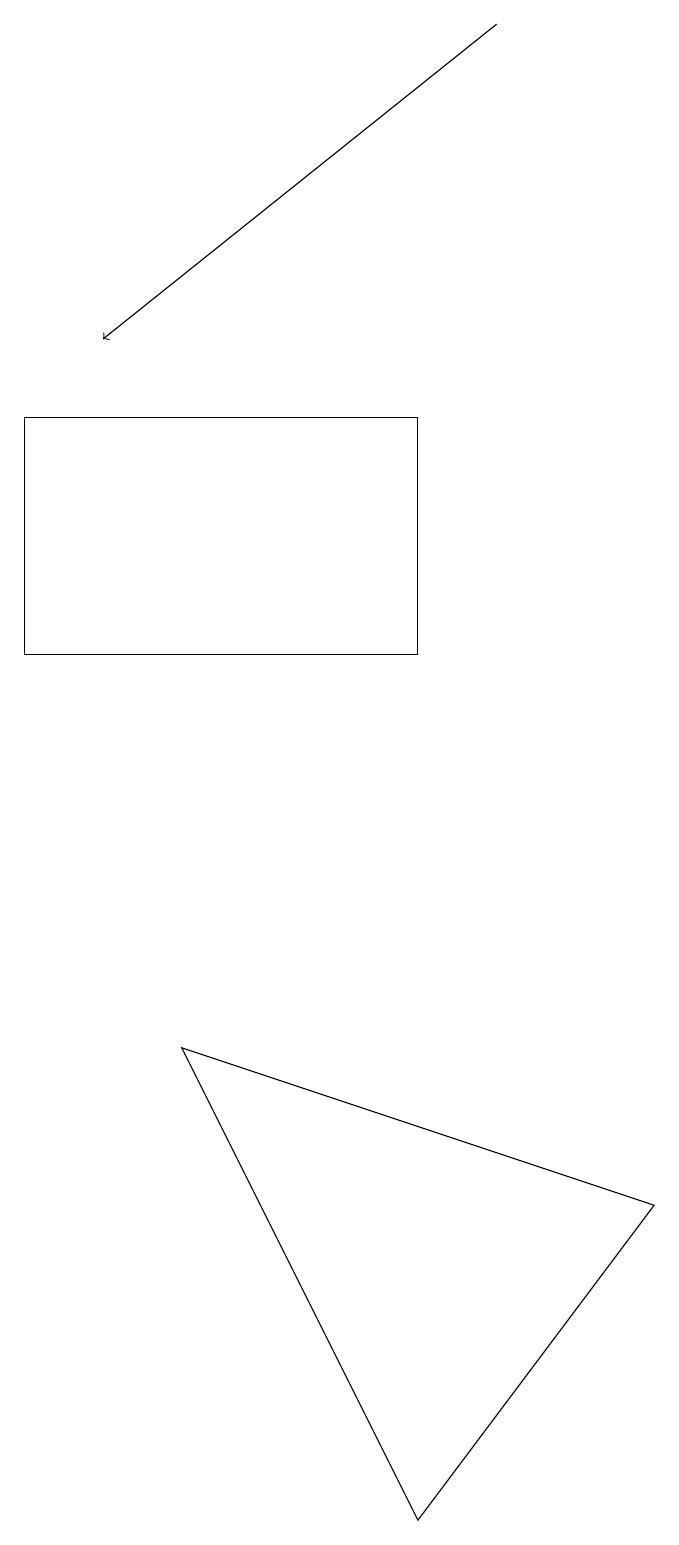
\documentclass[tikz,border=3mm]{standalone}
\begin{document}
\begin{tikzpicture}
\draw (0,14) rectangle (5,11);
\draw (2,6) -- (5,0) -- (8,4) -- cycle;
\draw[->] (6,19) -- (1,15);
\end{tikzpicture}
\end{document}